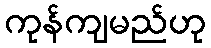
ကုန်ကျမည်ဟု